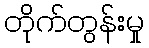
တိုက်တွန်းမှု